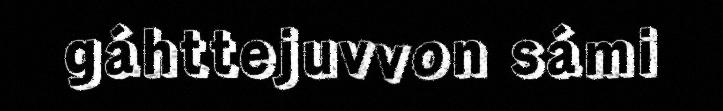
gáhttejuvvon sámi